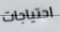
احتياجات